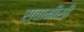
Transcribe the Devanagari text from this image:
स्वामीसी